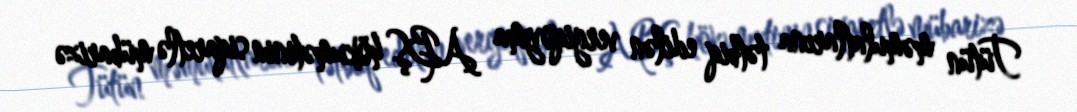
Tütün məmulatlarına tətbiq edilən vergiqoyma ABŞ hökumətinin siqaretlə mübarizə